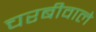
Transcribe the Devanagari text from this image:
चरबीवाले